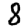
Digit: 8